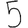
Digit: 5